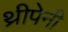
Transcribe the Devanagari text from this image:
थ्रीपेनी